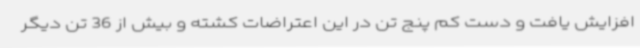
افزایش یافت و دست کم پنج تن در این اعتراضات کشته و بیش از 36 تن دیگر